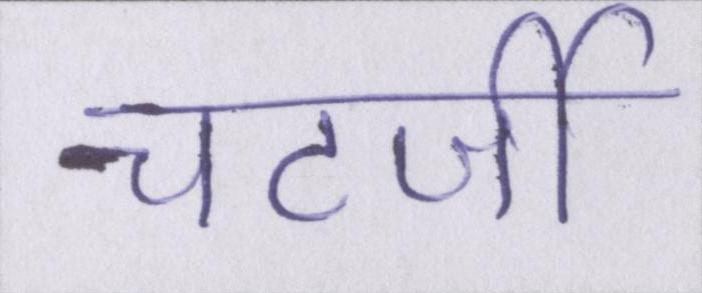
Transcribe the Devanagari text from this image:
चटर्जी